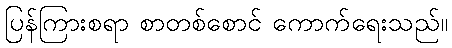
ပြန်ကြားစရာ စာတစ်စောင် ကောက်ရေးသည်။